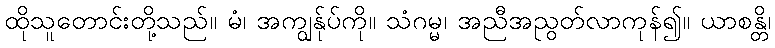
ထိုသူတောင်းတို့သည်။ မံ၊ အကျွန်ုပ်ကို။ သံဂမ္မ၊ အညီအညွတ်လာကုန်၍။ ယာစန္တိ၊